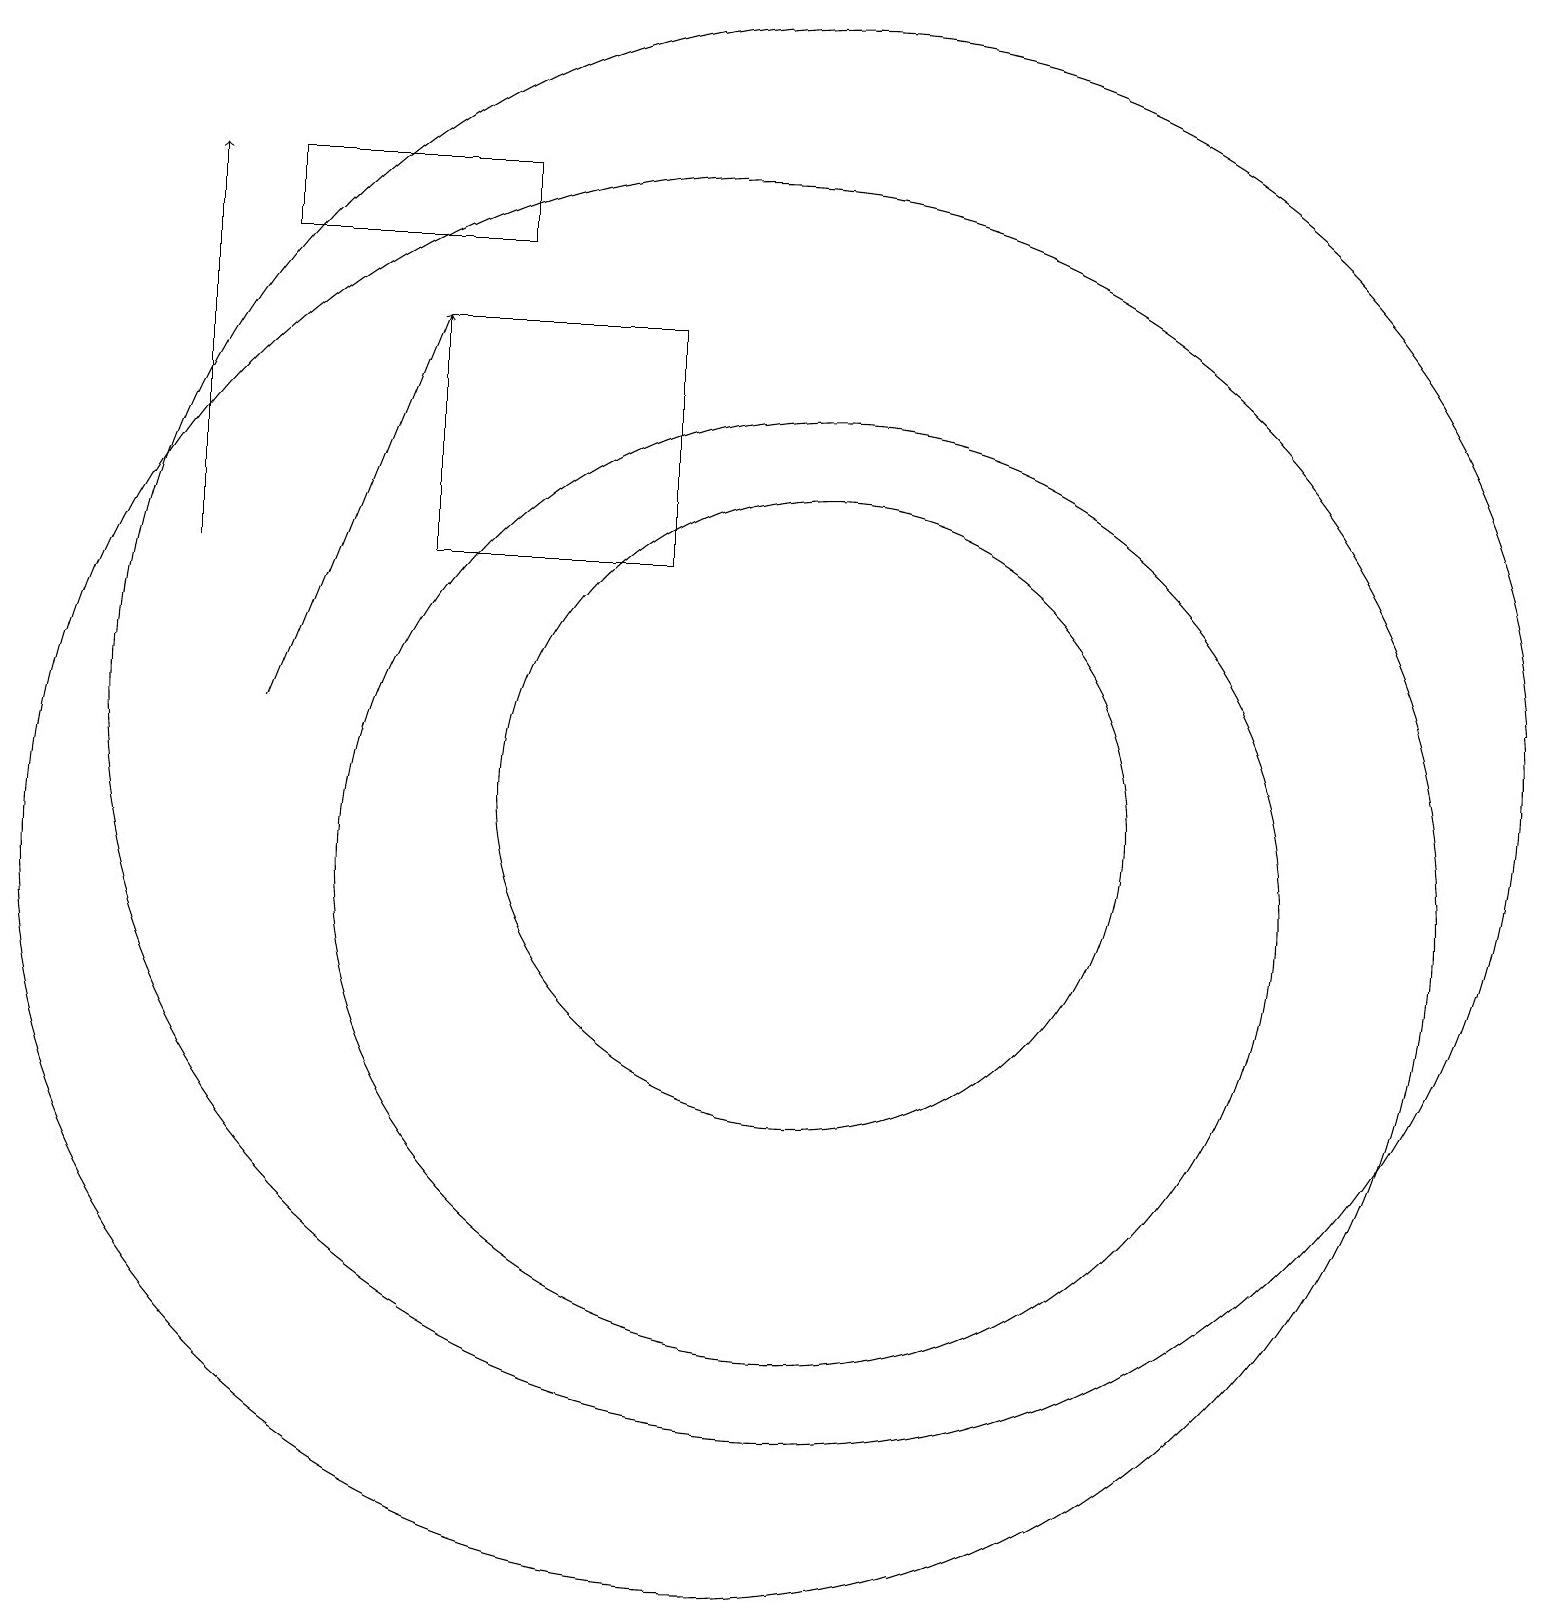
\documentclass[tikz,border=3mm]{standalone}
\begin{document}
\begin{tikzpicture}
\draw (11,12) circle (9);
\draw (11,10) circle (6);
\draw[->] (4,12) -- (6,17);
\draw[->] (3,14) -- (3,19);
\draw (7,18) rectangle (4,19);
\draw (10,10) circle (9);
\draw (11,11) circle (4);
\draw (9,14) rectangle (6,17);
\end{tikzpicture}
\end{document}